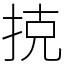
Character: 𢭪